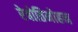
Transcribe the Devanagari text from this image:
रेबोतिमोहन